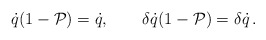
\begin{align*}\dot{q}(1-\mathcal{P})=\dot{q},\qquad \delta\dot{q}(1-\mathcal{P})=\delta \dot{q}\,. \end{align*}